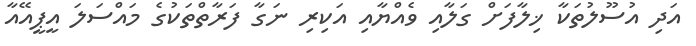
އަދި އުސޫލުތަކާ ޚިލާފަށް ގަލާއި ވެއްޔާއި އަކިރި ނަގާ ފަރާތްތަކުގެ މައްސަލަ އީޕީއޭއާ